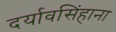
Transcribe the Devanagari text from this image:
दर्यावसिंहाना